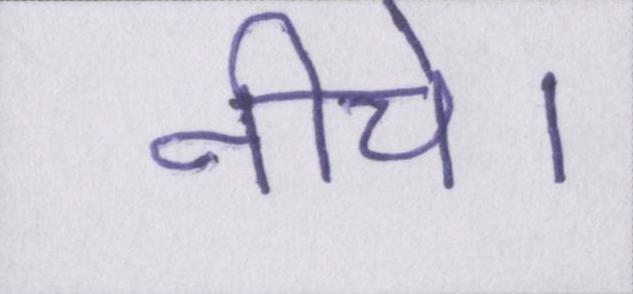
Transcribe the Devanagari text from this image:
नीचे।